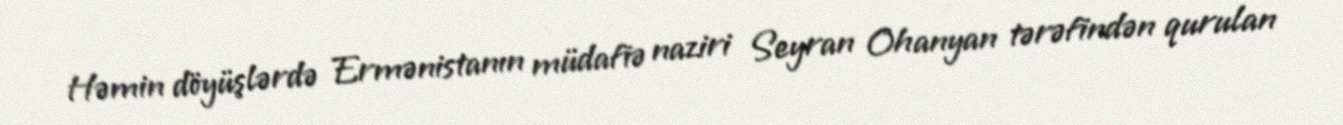
Həmin döyüşlərdə Ermənistanın müdafiə naziri Seyran Ohanyan tərəfindən qurulan